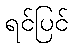
ရင်ပြင်